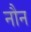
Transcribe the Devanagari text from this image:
नौन